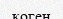
коген